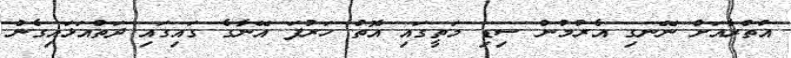
އުތްރާއަށް ނޭނގި އެރުމުން ސިޑި މަތީގައި އޮތް ހަރުފަ އޭނާގެ ގައިގައި ދަތްއަޅައިގެން